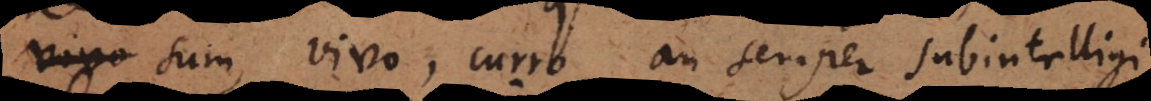
sum, vivo, curro, an semper subintelligi